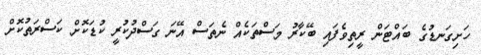
ހަށިގަނޑުގެ ބައްޓަން ރީތިވެފައި ބޭކާރު މަސްތަކެއް ނެތަސް އޭނަ ގަސްދުކުރީ ކުޑަކޮށް ކަސްރަތުކޮށް